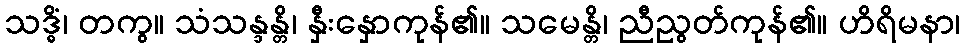
သဒ္ဓိံ၊ တကွ။ သံသန္ဒန္တိ၊ နှီးနှောကုန်၏။ သမေန္တိ၊ ညီညွတ်ကုန်၏။ ဟိရိမနာ၊